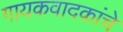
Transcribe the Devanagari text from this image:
गायकवादकांचे